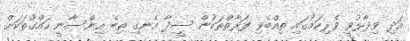
އަދި ވިދާޅުވީ ވެރިކަމުގައި ތިއްބެވި ފަރާތްތަކުން ސީދާ އެނގި ތިބެ އިންސާނީ ހައްގުތަކަށް